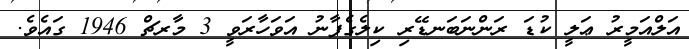
އަލްއަމީރު ޢަލީ ކުޑަ ރަންނަބަނޑޭރި ކިލެގެފާނު އަވަހާރަވީ 3 މާރޗް 1946 ގައެވެ.